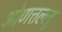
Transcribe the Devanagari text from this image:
ओणत्तल्लु